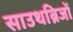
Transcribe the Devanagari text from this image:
साउथब्रिजों